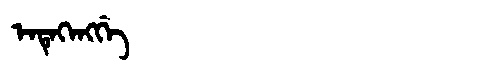
Manchu: ᡝᠨᡨᡝᡴᡝᠩᡤᡝ
Romanization: ENTEKENGGE